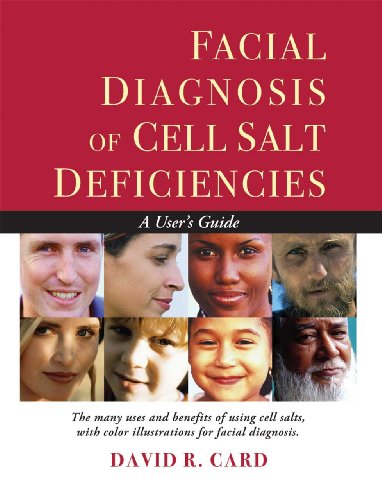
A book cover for Facial Diagnosis of Cell Salt Deficiencies: A User's Guide; David R. Card; Health, Fitness & Dieting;